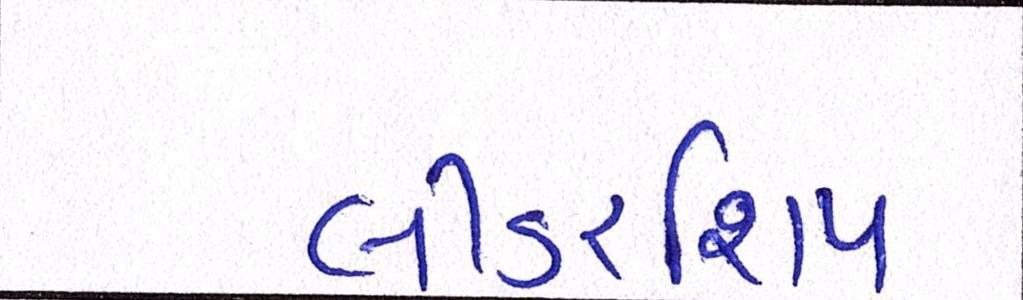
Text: લીડરશિપ